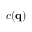
c ( \mathbf { q } )